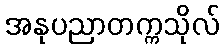
အနုပညာတက္ကသိုလ်